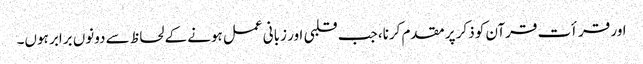
اور قرأت قرآن کو ذکر پر مقدم کرنا، جب قلبی اور زبانی عمل ہونے کے لحاظ سے دونوں برابر ہوں۔